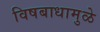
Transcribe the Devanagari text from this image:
विषबाधामुळे